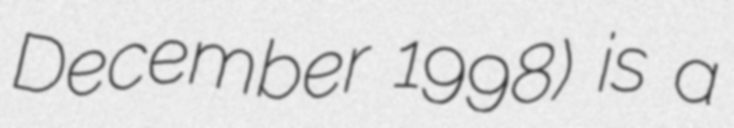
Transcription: December 1998) is a